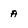
Character: a